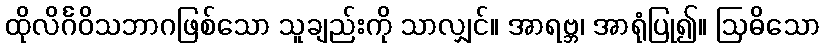
ထိုလိင်္ဂဝိသဘာဂဖြစ်သော သူချည်းကို သာလျှင်။ အာရဗ္ဘ၊ အာရုံပြု၍။ ဩဓိသော